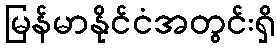
မြန်မာနိုင်ငံအတွင်းရှိ